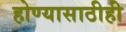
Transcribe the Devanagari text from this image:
होण्यासाठीही